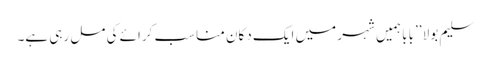
سلیم بولا ’’بابا ہمیں شہر میں ایک دکان مناسب کرائے کی مل رہی ہے۔